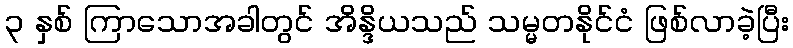
၃ နှစ် ကြာသောအခါတွင် အိန္ဒိယသည် သမ္မတနိုင်ငံ ဖြစ်လာခဲ့ပြီး